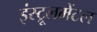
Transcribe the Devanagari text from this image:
इंस्ट्रूलमेंटल